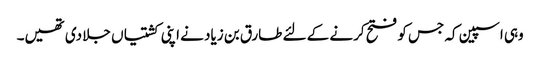
وہی اسپین کہ جس کو فتح کرنے کے لئے طارق بن زیاد نے اپنی کشتیاں جلا دی تھیں۔